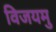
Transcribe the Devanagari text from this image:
विजयमु